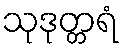
သုဒုတ္တရံ